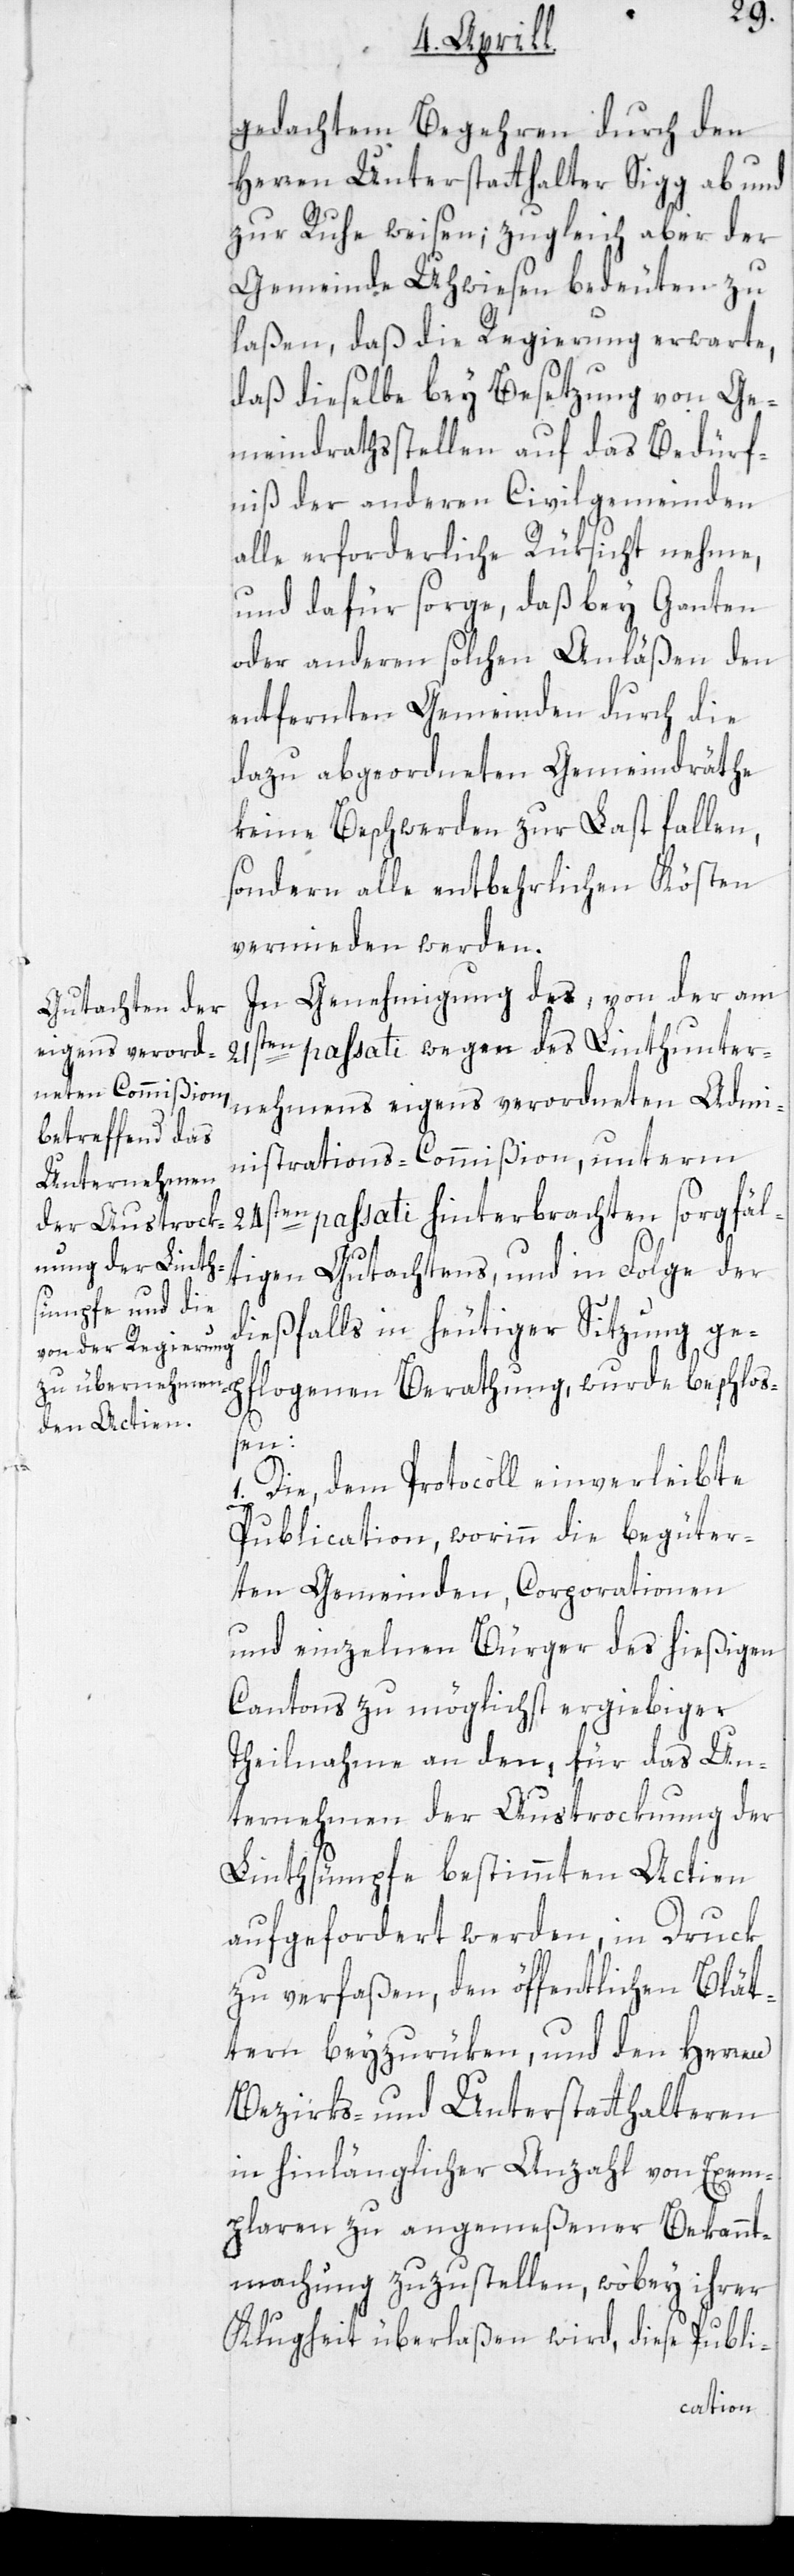
gedachten Begehren durch den
Herren Unterstatthalter Sigg ab[-] und
zur Ruhe weisen; zugleich aber der
Gemeinde Uhwiesen bedeuten zu
laßen, daß die Regierung erwarte,
daß dieselbe bey Besetzung von Ge¬
meindrathsstellen auf das Bedürf¬
niß der anderen Civilgemeinden
alle erforderliche Rüksicht nehme,
und dafür sorge, daß bey Ganten
oder anderen solchen Anläßen den
entfernten Gemeinden durch die
dazu abgeordneten Gemeindräthe
keine Beschwerden zur Last fallen,
sondern alle entbehrlichen Kösten
vermieden werden.
In Genehmigung des, von der am
ten passati wegen des Linthunter¬
pf¬
nehmens eigens verordneten Admi¬
nistrations-Commißion, unterm
24sten passati hinterbrachten sorgfäl¬
tigen Gutachtens, und in Folge der
dießfalls in heutiger Sitzung ge¬
en
1. Die, dem Protocoll einverleibte
Publication, worinn die begüter¬
ten Gemeinden, Corporationen
und einzelnen Bürger des hießigen
Cantons zu möglichst ergiebiger
Theilnahme an den, für das Un¬
ternehmen der Austrocknung der
Linthsümpfe bestimmten Actien
aufgefordert werden, in Druck
zu verfaßen, den öffentlichen Blät¬
tern beyzurücken, und den Herren
Bezirks- und Unterstatthalteren
in hinlänglicher Anzahl von Exem¬
plaren zu angemeßener Bekannt¬
machung zuzustellen, wobey ihrer
Klugheit überlaßen wird, diese Publi-